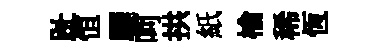
趾恒驪呵拱紙榆稀恆